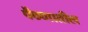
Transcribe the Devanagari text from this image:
पैठणातील